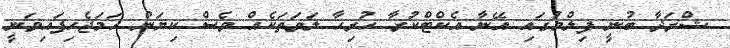
ޝްރަދާ ބުނީ ފިލްމުގައި އޭނާ އެކްޓްކުރާ ހުރިހާ ލަވަތަކެއް ވެސް ކިޔަން ހަމަޖެހިފައިވަނީ